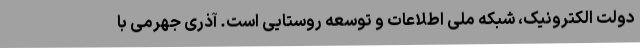
دولت الکترونیک، شبکه ملی اطلاعات و توسعه روستایی است. آذری جهرمی با